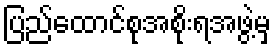
ပြည်ထောင်စုအစိုးရအဖွဲ့မှ